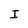
Character: I